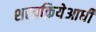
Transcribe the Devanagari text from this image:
शस्त्रक्रियेआधी